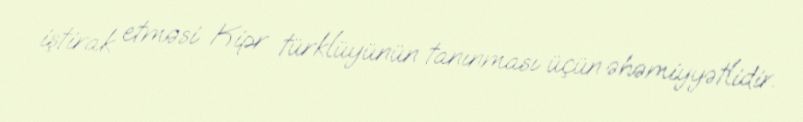
iştirak etməsi Kipr türklüyünün tanınması üçün əhəmiyyətlidir.